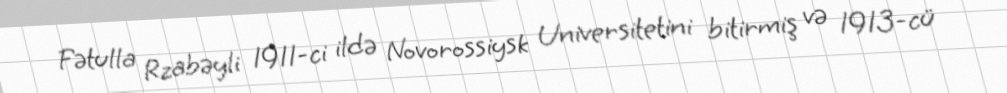
Fətulla Rzabəyli 1911-ci ildə Novorossiysk Universitetini bitirmiş və 1913-cü